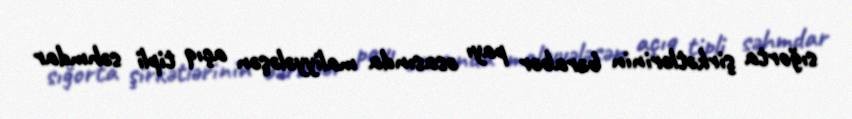
sığorta şirkətlərinin bərabər payı əsasında maliyyələşən açıq tipli səhmdar